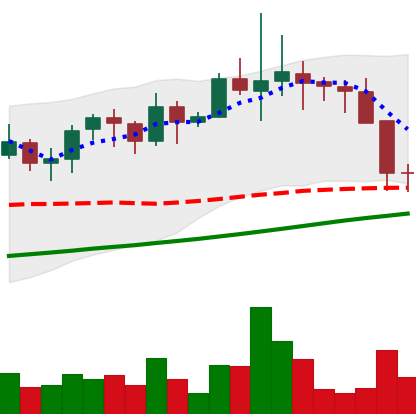
Ticker: LINK-USD
Chart end date: 2021-11-17
Forward return: -8.338%
Label: down_7plus